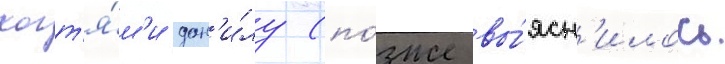
когт'я́м'и дан'и́лу (по́зже вы́ясн'илось